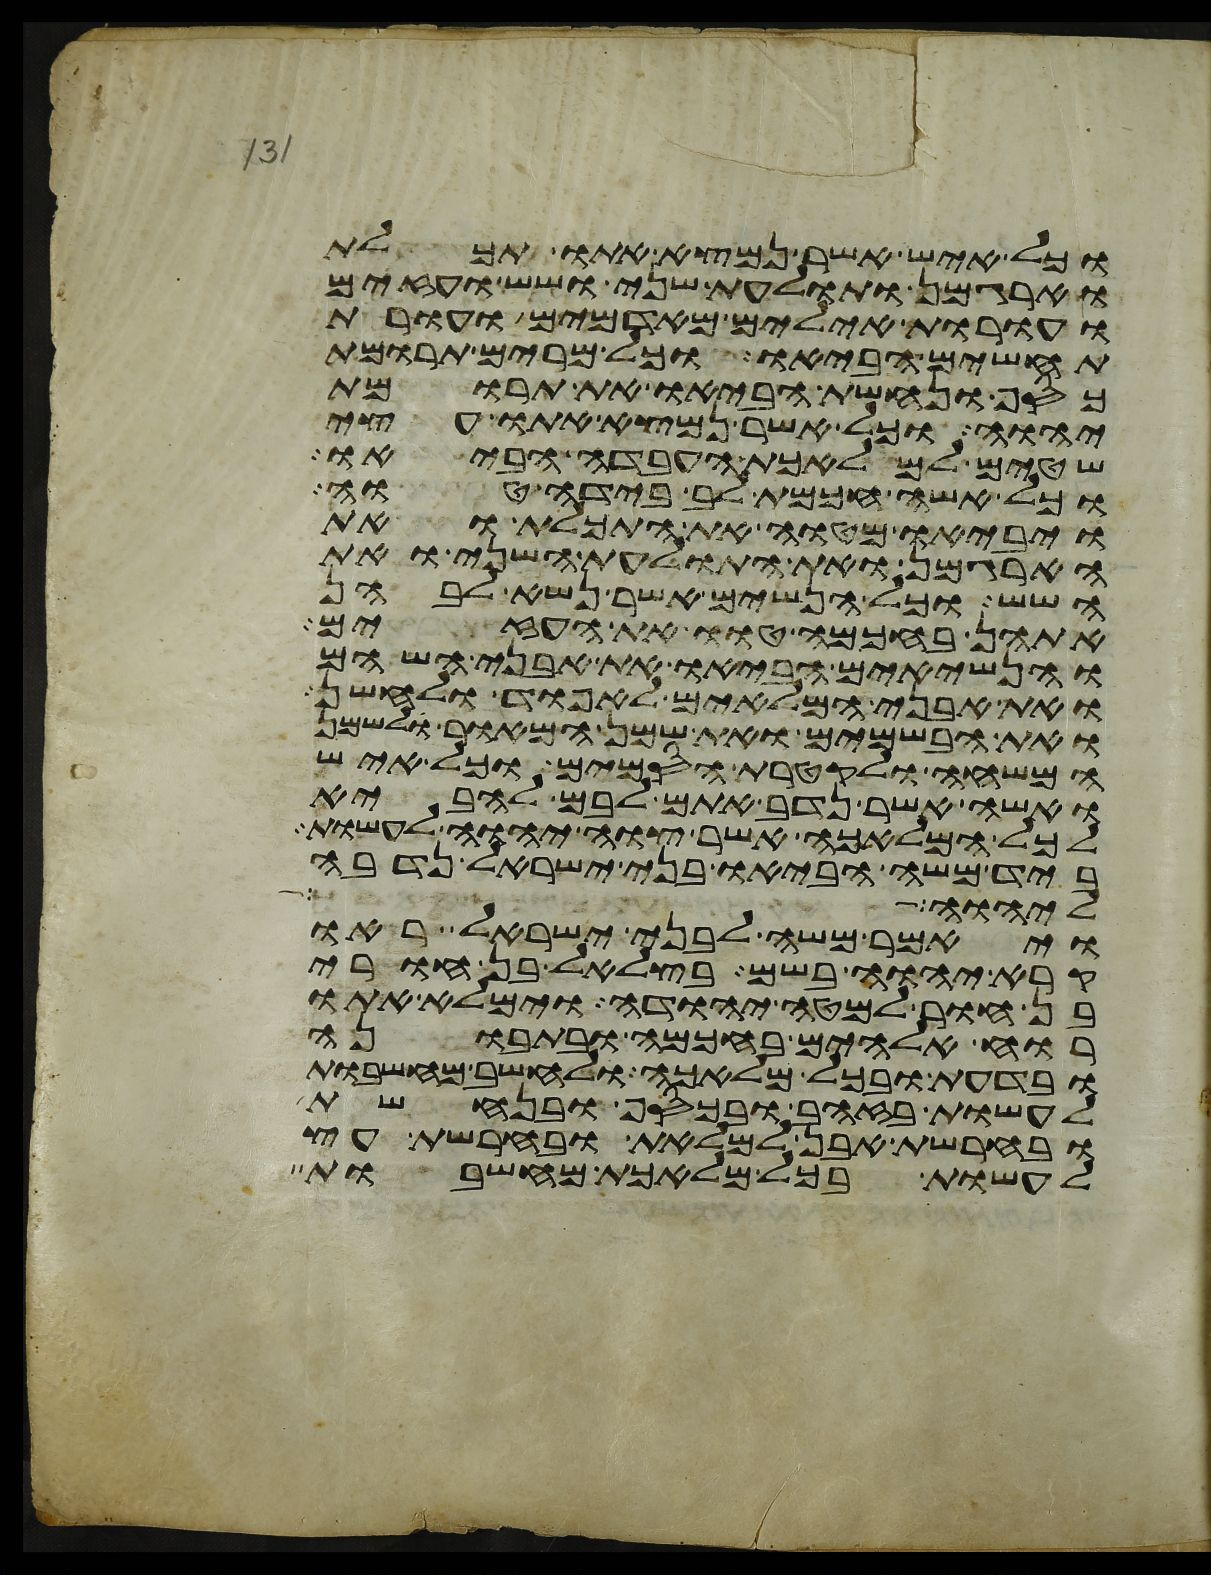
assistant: וכל איש אשר נמצא אתו תכלת
וארגמן ותולעת שני ושש ועזים
ועורות אילים מאדמים ועורות
תחשים הביאו וכל מרים תרומת
כסף ונחשת הביאו את תרומת
יהוה וכל אשר נמצא אתו עצי
שטים למלאכת העבדה הביאו
וכל אשה חכמת לב בידה טוה
ויביאו מטוה את התכלת ואת
הארגמן ואת התולעת השני ואת
השש וכל הנשים אשר נשא לבהן
אתהן בחכמה טוו את העזים
והנשיאים הביאו את אבני השהם
ואת אבני המלאים לאפוד ולחשן
ואת הבשמים ואת שמן המאור לשמן
המשחה ולקטרת הסמים וכל איש
ואשה אשר נדב אתם לבם להביא
לכל המלאכה אשר צוה יהוה לעשות
ביד משה הביאו בני ישראל נדבה
ליהוה את ימי
ויאמר משה לבני ישראל ראו
קרא יהוה בשם בצלאל בן אורי
בן חור למטה יהודה וימלא אתו
רוח אלהים בחכמה ובתבונה
ובדעת ובכל מלאכה ולחשב מחשבות
לעשות בזהב ובכסף ובנחשת
ובחרשת אבן למלאת ובחרשת עץ
לעשות בכל מלאכת מחשבות